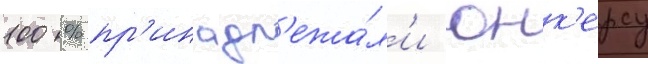
100 % пр'инадл'ежа́л'и юнк'ерсу